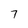
Character: 7